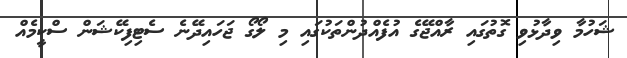
ޝަހުމާ ވިދާޅުވި ގޮތުގައި ރާއްޖޭގެ އުފެއްދުންތަކުގައި މި ލޯގޯ ޖަހައިދޭނެ ސެޓިފިކޭޝަން ސްކީމެއް